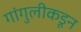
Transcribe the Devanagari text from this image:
गांगुलीकडून